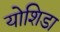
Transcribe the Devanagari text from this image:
योशिडा